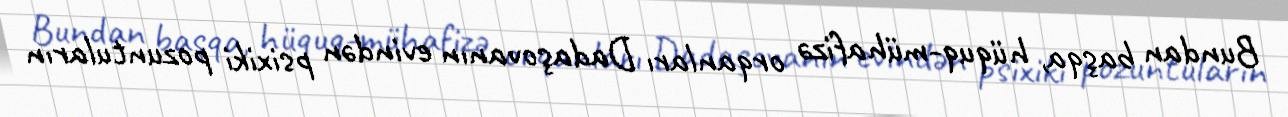
Bundan başqa, hüquq-mühafizə orqanları Dadaşovanın evindən psixiki pozuntuların